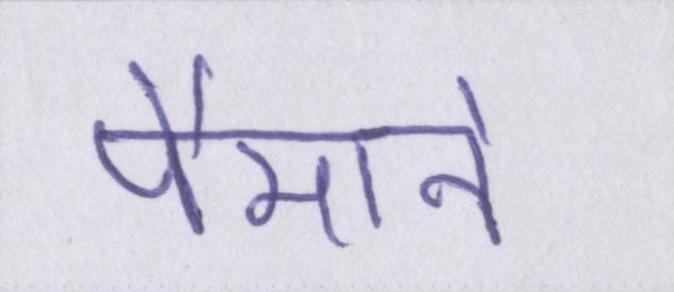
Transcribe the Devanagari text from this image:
पैमाने